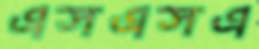
এসএসএ